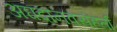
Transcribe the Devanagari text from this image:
अघदानवसंहर्ता